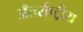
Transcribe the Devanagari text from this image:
अँतर्राष्ट्रीय